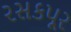
રસકપૂર